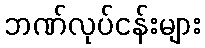
ဘဏ်လုပ်ငန်းများ